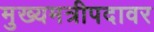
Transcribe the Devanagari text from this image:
मुख्यमत्रीपदावर